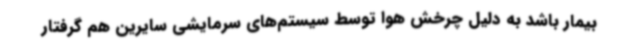
بیمار باشد به دلیل چرخش هوا توسط سیستم‌های سرمایشی سایرین هم گرفتار